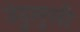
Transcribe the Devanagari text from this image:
उंदुलुसी